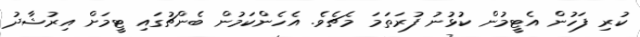
ކުރި ފަހުން އެޓީމުން ކުޅުނު ފުރަތަމަ މެޗެވެ. އެހެންކަމުން ބެންޗުގައި ޓީމަށް އިރުޝާދު